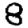
Digit: 8